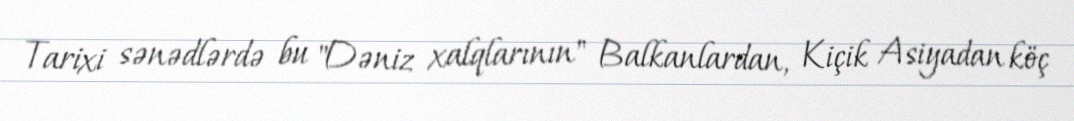
Tarixi sənədlərdə bu "Dəniz xalqlarının" Balkanlardan, Kiçik Asiyadan köç